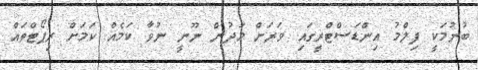
ބުނުމަކީ ފިލްމު އިންޑަސްޓްރީގައި ވަރަށް މަދުން ނޫނީ ނުވާ ކަމެއް ކަމަށް ރިޕޯޓްތައް